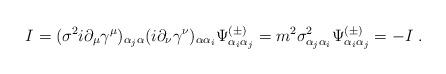
LaTeX: \begin{align*}I=(\sigma^2i\partial_\mu\gamma^\mu)_{\alpha_j\alpha}(i\partial_\nu\gamma^\nu)_{\alpha\alpha_i}\Psi^{(\pm)}_{\alpha_i\alpha_j}=m^2\sigma^2_{\alpha_j\alpha_i}\Psi^{(\pm)}_{\alpha_i\alpha_j}=-I\;.\end{align*}